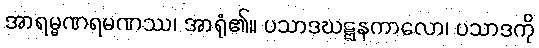
အာရမ္မဏရမဏဿ၊ အာရုံ၏။ ပသာဒဃဋ္ဋနကာလော၊ ပသာဒကို